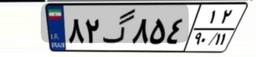
۰۳گ۵۳۶۹۳